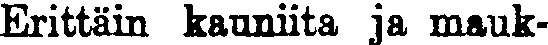
Erittäin kauniita ja mauk-